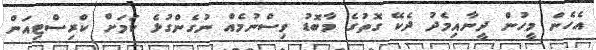
އެހެން މީހުން ދީނާއިމެދު ދެކޭ ގޮތުގެ މާބޮޑު ވިސްނުމެއް ނުގެންގުޅެ ކަމަށް ކްރިސްޓިއަން